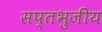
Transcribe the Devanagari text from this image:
सप्तभुजीय